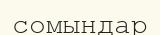
сомындар